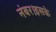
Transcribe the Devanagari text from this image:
नंबर।इसके